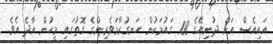
އައިއެސް އަށް ދުނިޔޭގެ 108 ގައުމަކުން ހަނގުރާމަވެރިންގެ ގޮތުގައި މީހުން އާދެ އެވެ.